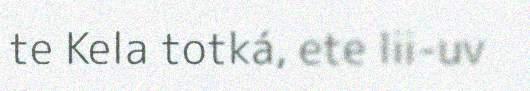
te Kela totká, ete lii-uv